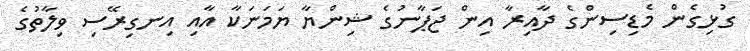
ގުޅިގެން މެޑިސިންގެ ދާއިރާ އިން ޖަޕާނުގެ ޝިންޔާ ޔަމަނަކާ އާއި އިނގިރޭސި ވިލާތުގެ